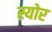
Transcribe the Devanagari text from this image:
स्योर